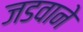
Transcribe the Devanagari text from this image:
जडवाने